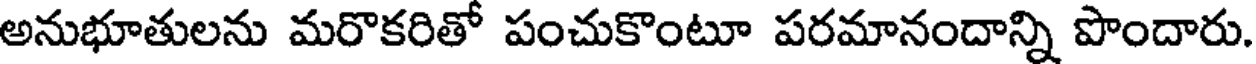
అనుభూతులను మరొకరితో పంచుకొంటూ పరమానందాన్ని పొందారు.